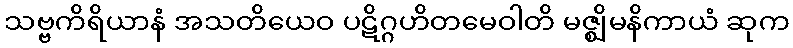
သဗ္ဗကိရိယာနံ အသတိယေဝ ပဋိဂ္ဂဟိတမေဝါတိ မဇ္ဈိမနိကာယံ ဆုက